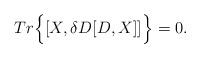
LaTeX: \begin{align*}Tr \Big\{ [X,\delta D[D,X]] \Big\}=0. \end{align*}